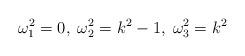
LaTeX: \begin{align*}\omega_1^2 =0,\;\omega_2^2=k^2-1,\;\omega_3^2=k^2\end{align*}